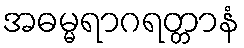
အဓမ္မရာဂရတ္တာနံ